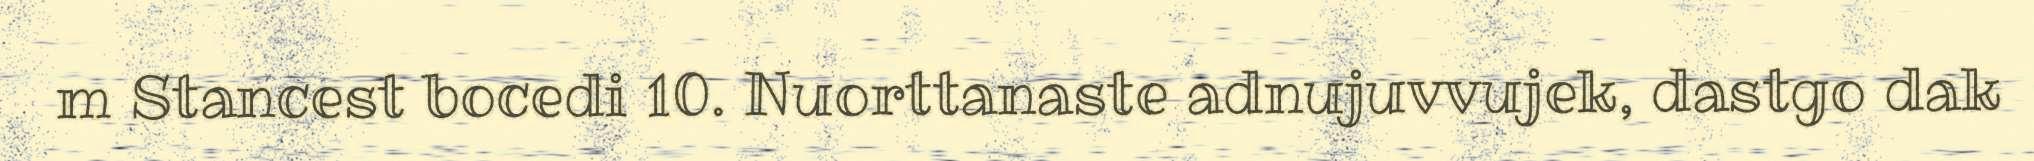
m Stancest bocedi 10. Nuorttanaste adnujuvvujek, dastgo dak